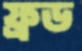
ফ্রড